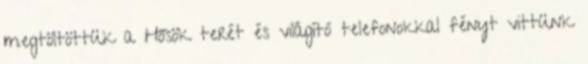
megtöltöttük a Hősök terét és világító telefonokkal fényt vittünk